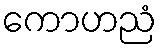
ကောဟညံ